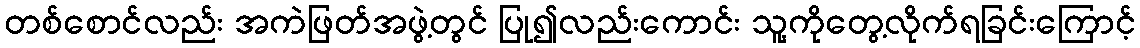
တစ်စောင်လည်း အကဲဖြတ်အဖွဲ့တွင် ပြု၍လည်းကောင်း သူ့ကိုတွေ့လိုက်ရခြင်းကြောင့်